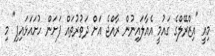
މިއީ "އިޒްރޭލްގެ ގައުމީ އެއާލައިނުން ރާއްޖެ އަށް ދަތުރުތައް ފަށަން ހުށައަޅައިފި" މި